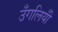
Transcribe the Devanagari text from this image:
उँगलियोँ